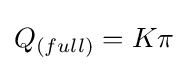
Q_{(full)}=K\pi